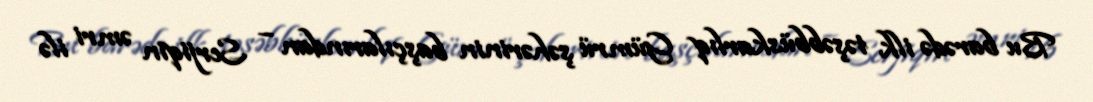
Bu barədə ilk təşəbbüskarlıq Gümrü şəhərinin başçılarından – Serjiqin əmri ilə